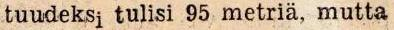
tuudeksi tulisi 95 metriä, mutta